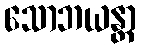
သောဘယန္တာ